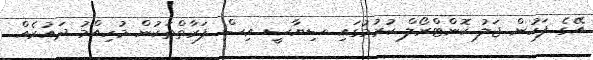
އޭގެ ފަހުން ޖަލު ކޮންޓްރޯލް ކުރުމުގައި ސިޔާސީ އިސް ފަރާތްތަކުން މުހިއްމު ދައުރެއް